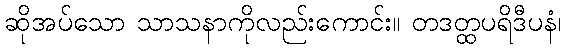
ဆိုအပ်သော သာသနာကိုလည်းကောင်း။ တဒတ္ထပရိဒီပနံ၊